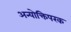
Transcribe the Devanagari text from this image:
अन्योक्तिपरक